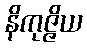
နိကုဇ္ဇိယ